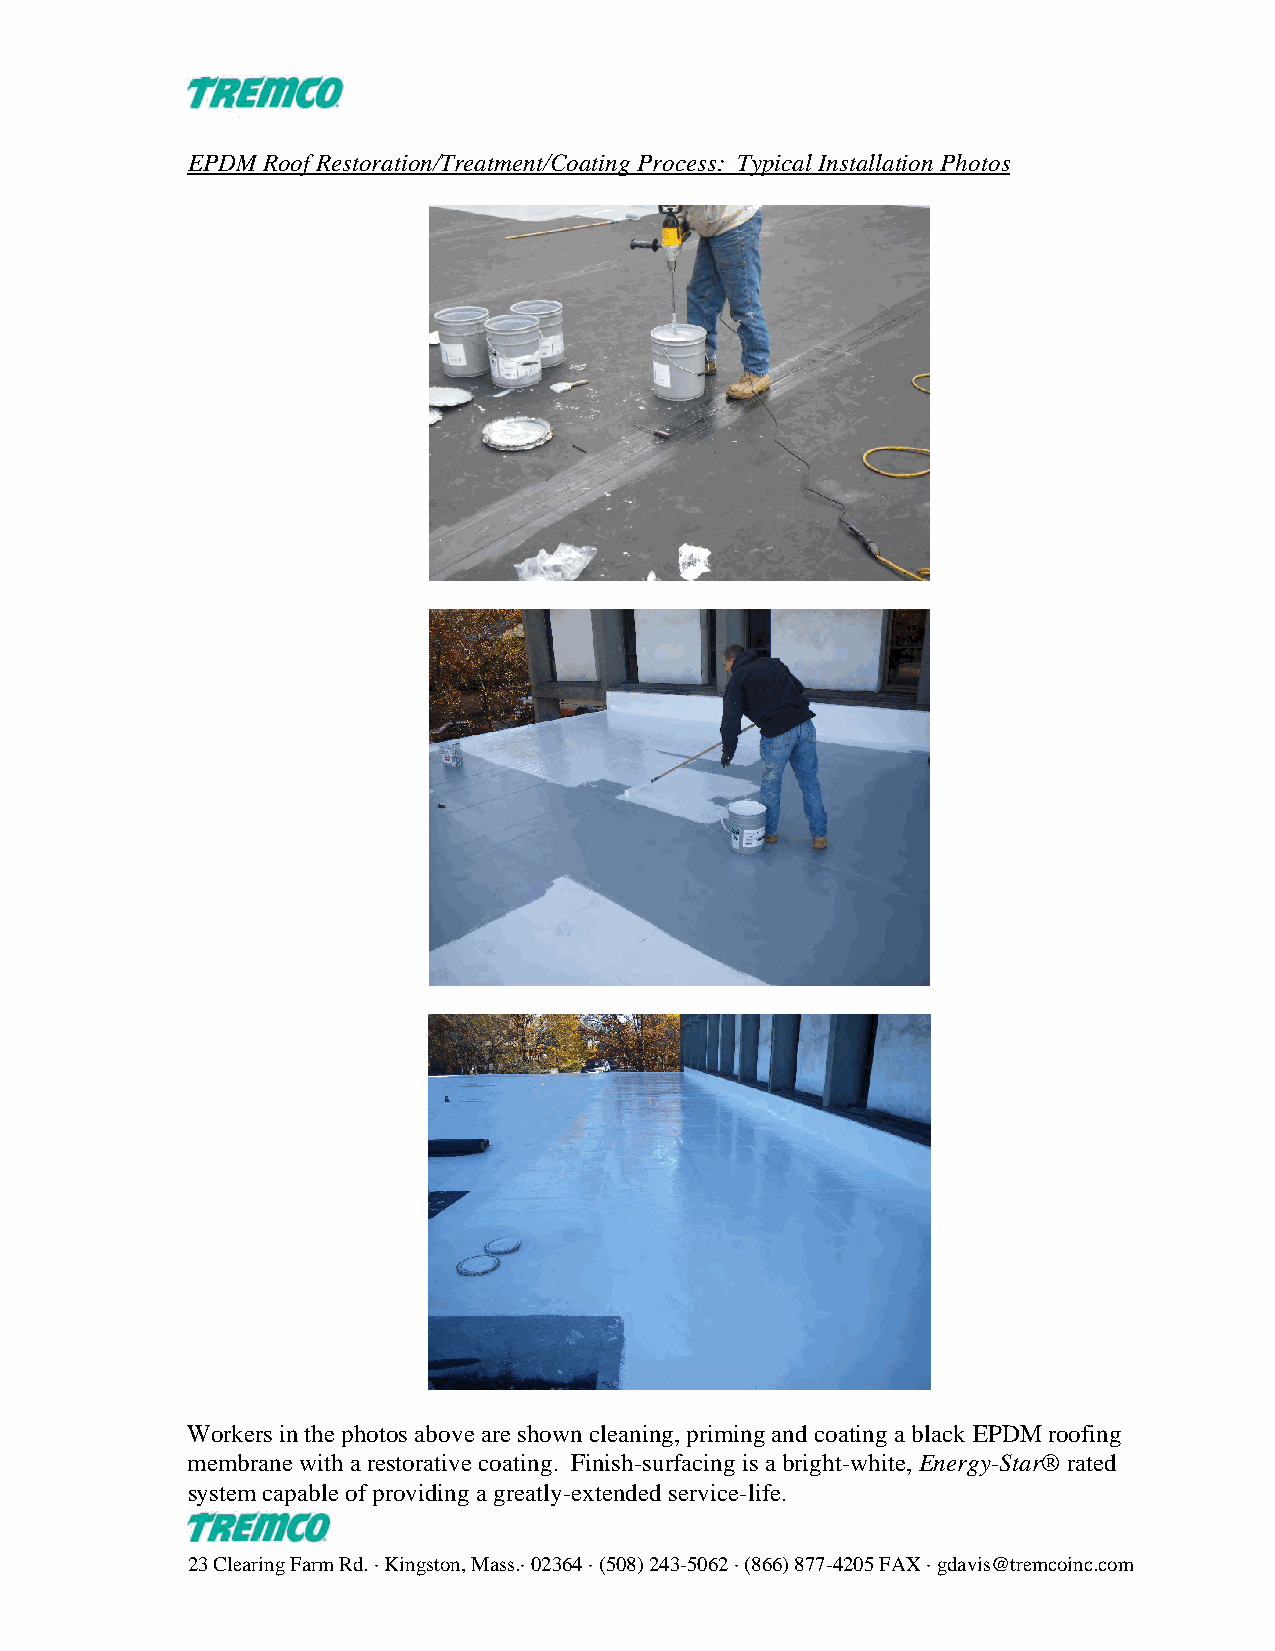
EPDM Roof Restoration/Treatment/Coating Process: Typical Installation Photos
 Workers in the photos above are shown cleaning, priming and coating a black EPDM roofing
 membrane with a restorative coating. Finish-surfacing is a bright-white, Energy-Star® rated
 system capable of providing a greatly-extended service-life.
 23 Clearing Farm Rd. · Kingston, Mass.· 02364 · (508) 243-5062 · (866) 877-4205 FAX · gdavis@tremcoinc.com